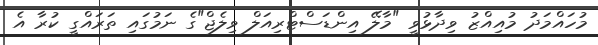
މުހައްމަދު މުއިއްޒު ވިދާޅުވީ "މާލޭ އިންޑަސްޓްރިއަލް ވިލެޖް"ގެ ނަމުގައި ތަރައްގީ ކުރާ އެ